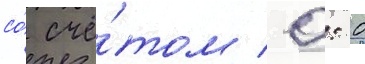
со́ счё́том 0: 0